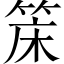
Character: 𬕌